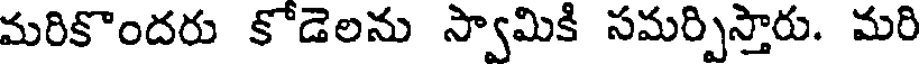
మరికొందరు కోడెలను స్వామికి సమర్పిస్తారు. మరి